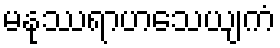
မနုဿရာဟသေယျကံ